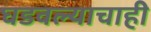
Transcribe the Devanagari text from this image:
घडवल्याचाही